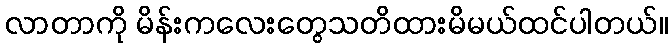
လာတာကို မိန်းကလေးတွေသတိထားမိမယ်ထင်ပါတယ်။